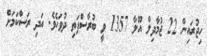
ހިޖުރައިން 22 ޖުމާދިލް އޫލާ 1357 ވީ ބުރާސްފަތި ދުވަހެވެ. އަދި ރަސްކަމަށް